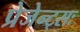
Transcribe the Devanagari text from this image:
प्रेजेन्ट्सः